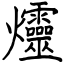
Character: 爧